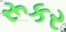
રૂકર